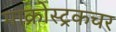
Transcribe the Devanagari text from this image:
माक्रोस्ट्रकचर